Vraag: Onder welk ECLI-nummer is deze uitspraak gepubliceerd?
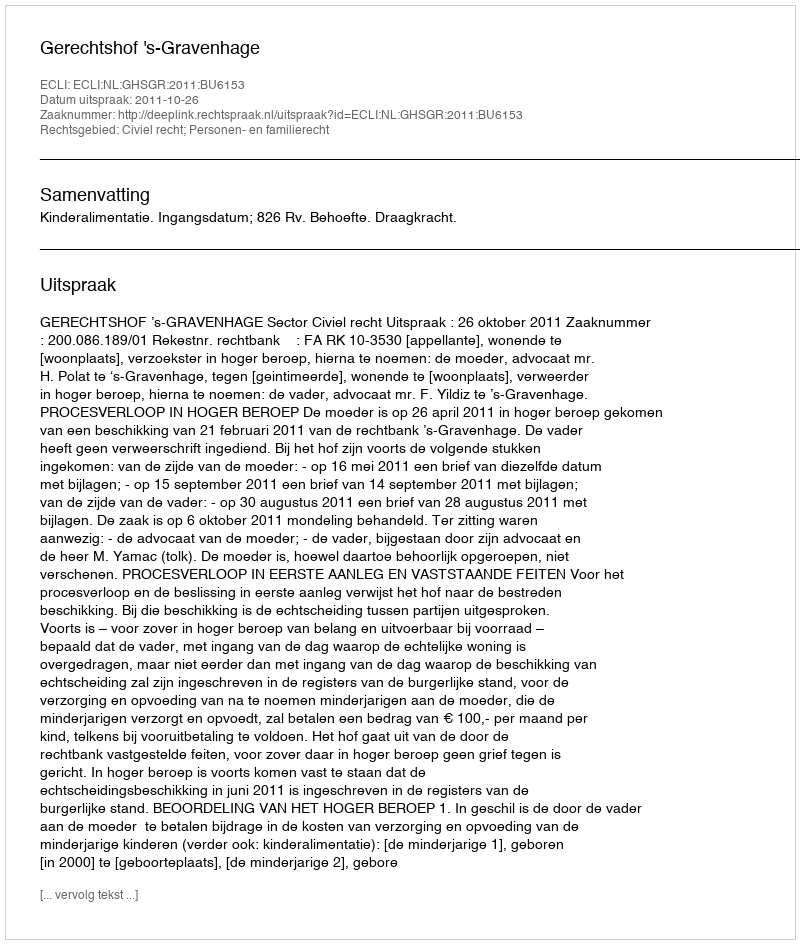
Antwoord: ECLI:NL:GHSGR:2011:BU6153